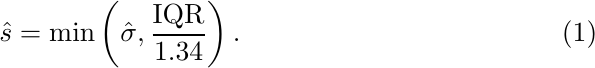
            \begin{align}
                \hat{s} = \min\left(\hat{\sigma}, \dfrac{\mathrm{IQR}}{1.34}\right).
            \end{align}